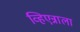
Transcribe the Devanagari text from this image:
व्हिएन्नाला